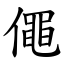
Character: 僶